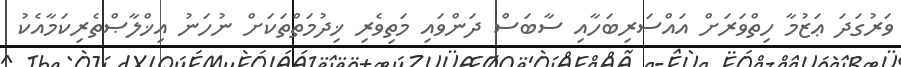
ވަރުގަދަ ޢަޒުމާ ހިތްވަރަށް އައްސަރިބަހާއި ސާބަސް ދަންވައި މަތިވެރި ޚިދުމަތްތަކަށް ނުހަނު އިޚްލާޞްތެރިކަމާއެކު